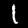
Digit: 1